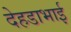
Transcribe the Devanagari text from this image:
देहडाभाई